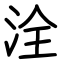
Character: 洤